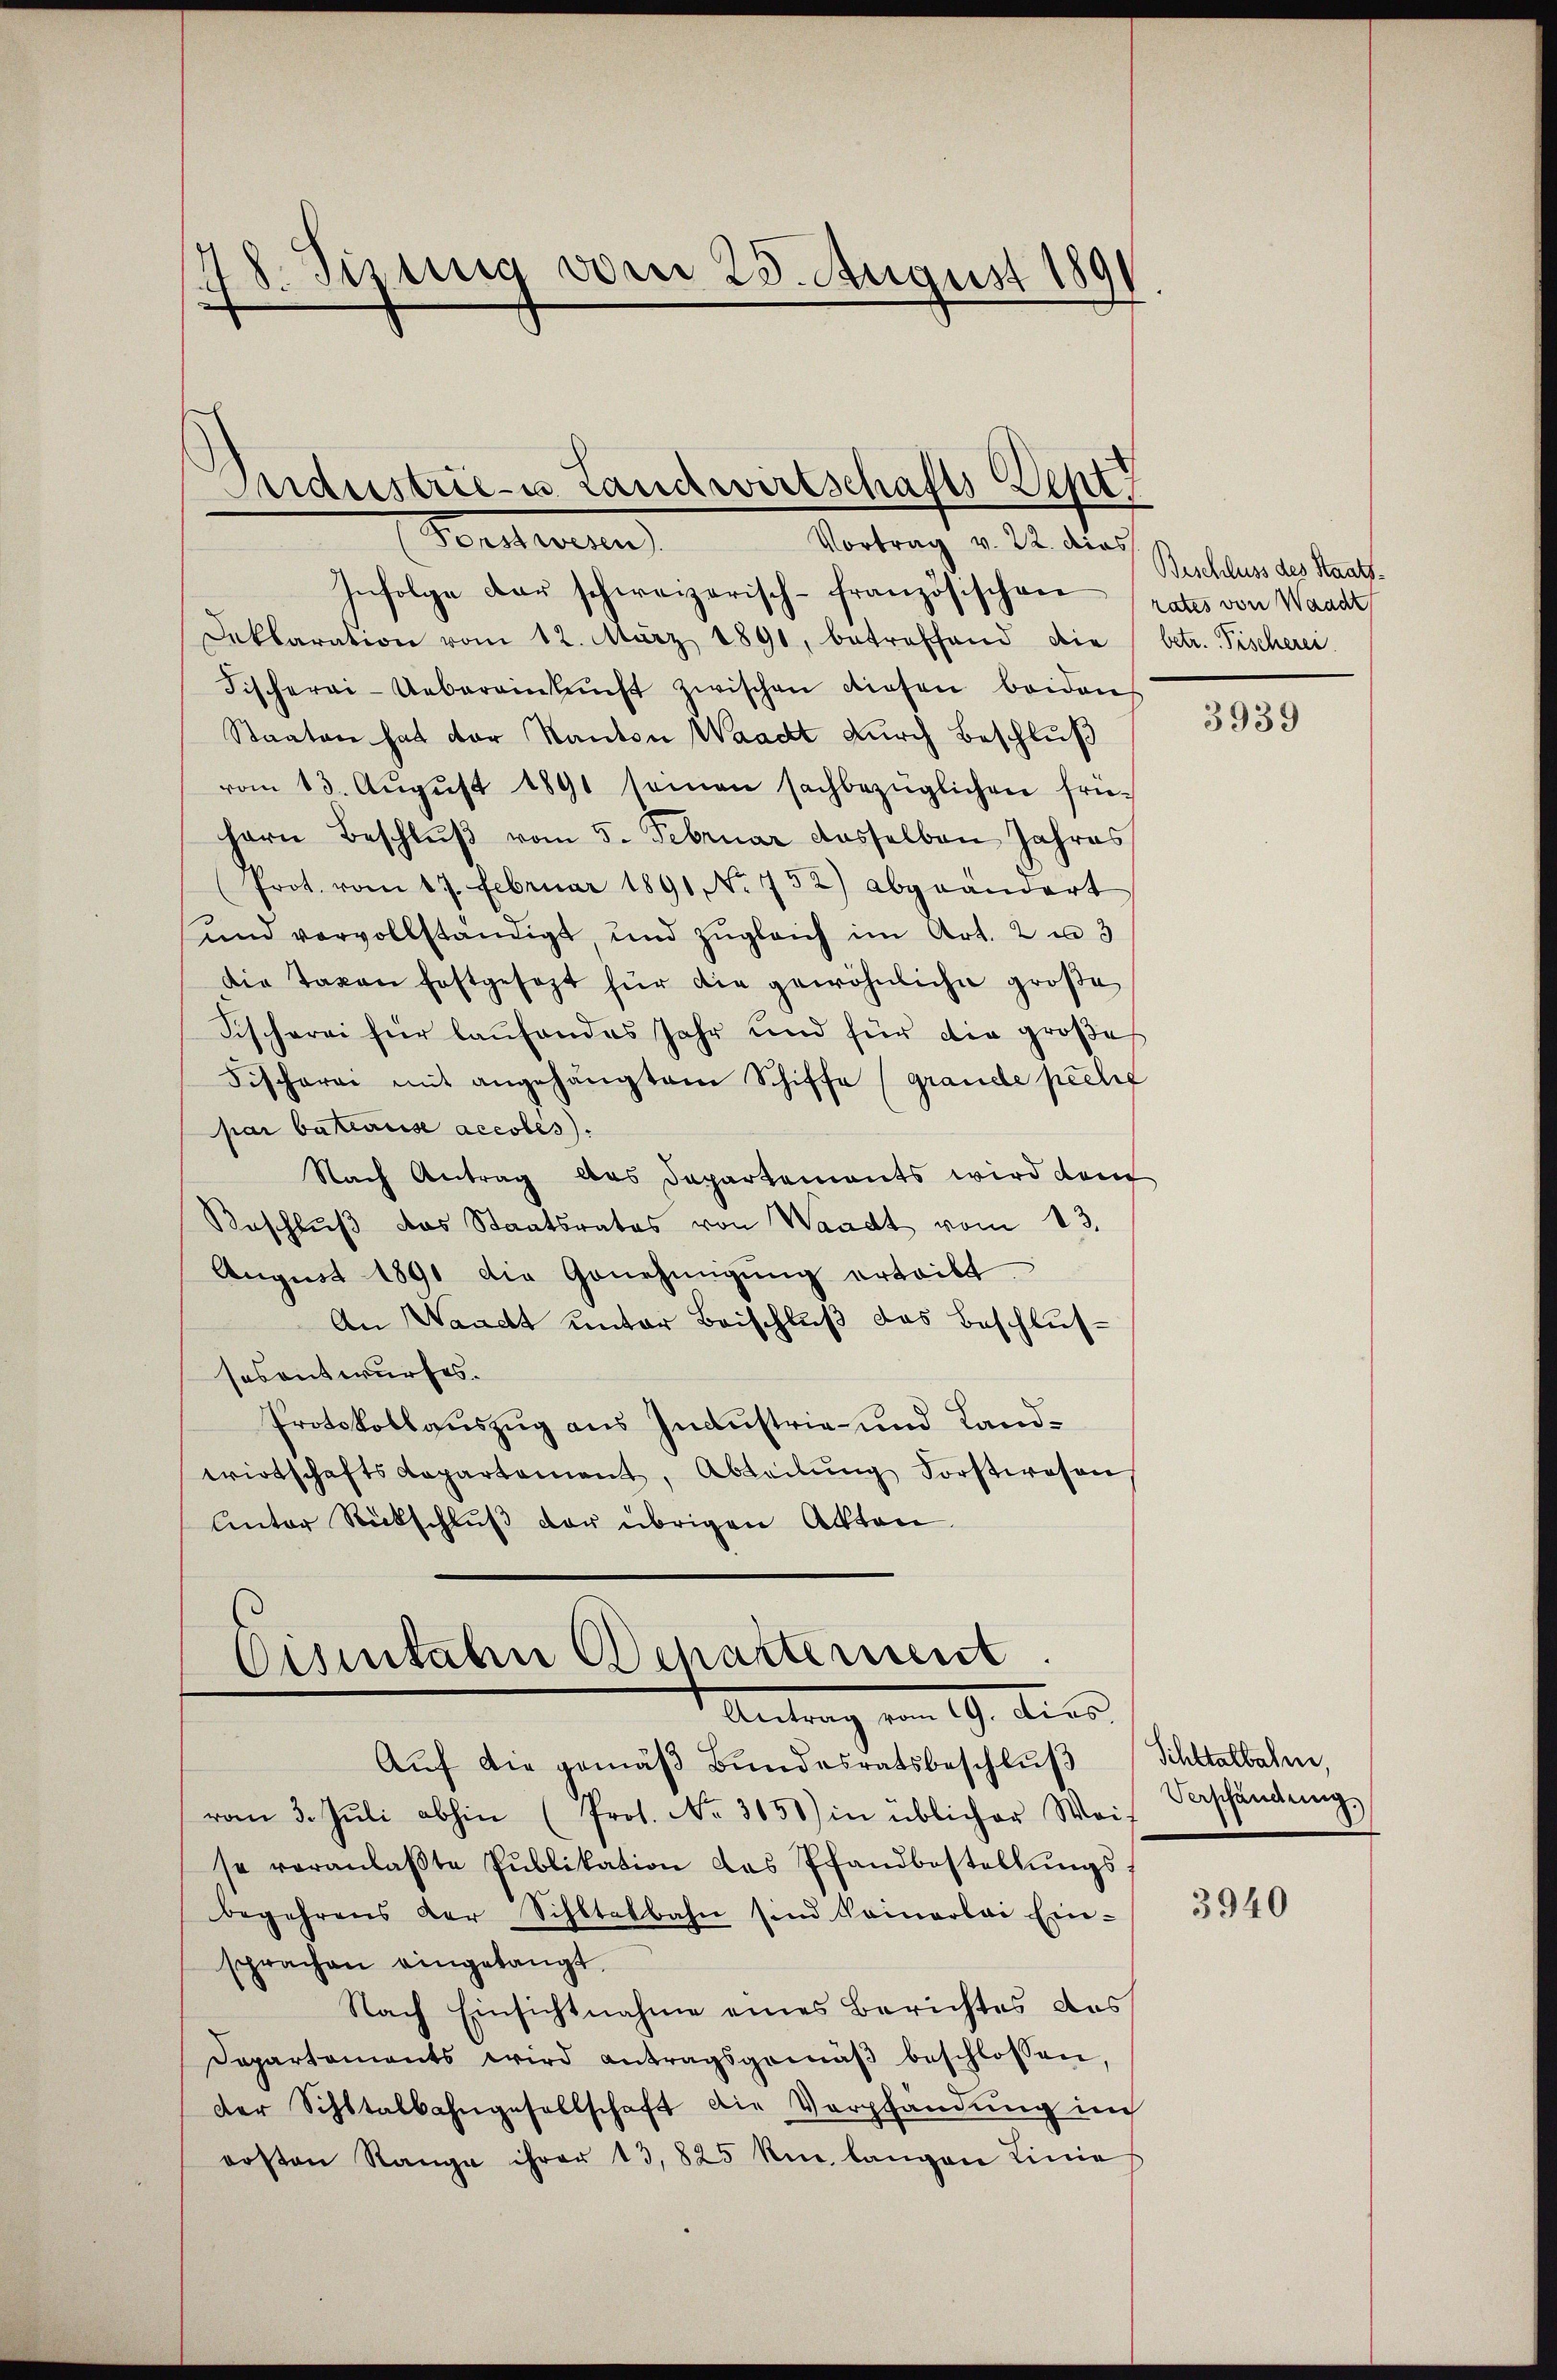
48. Sisung vom 25. August 189
¬

Pardustrie- u. Landwirtschafts Dept
Bercherun
Vortrag v. 22. dies

Infolge der schweizerisch-französischen rates von Waadt
Deklaration vom 12. März 1891, betreffend die betr. Fischerei
Fischerei-Uebereinkunft zwischen diesen beiden
Staaten hat der Kanton Waadt durch Beschluß
vom 13. Aŭgŭst 1891 seinen sachbezüglichen frühern Beschlŭβ vom 5. Februar dasselben Jahres
Prot. vom 17. Februar 1891 No 752) abgeändert
und vervollständigt und zŭgleich im Art. 2 u 3
die Taxen festgesezt für die gewöhnliche große
Fischerei für laŭfendes Jahr und für die große
Fischerei mit angehängtem Schiffe (grande prelig
par batearise accoles).
Nach Antrag das Departements wird dem
Beschluß das Staatsrates von Waadt vom 13.
Aŭgŭst 1891 die Genehmigŭng erteilt.
An Waadt unter Beischluß das Beschlussosantwurfes.
Protokollauszug aus Industrie- und Landwirtschaftsdepartement, Abteilŭng Forstwesen
Unter Rückschlŭβ der übrigen Akten.

Cisitalen Departement.
Antrag vom 19. dies

Aŭf die gemäβ Bŭndesratsbeschlŭβ Schltalbahn,
vom 3. Jŭli abhin (Prot. No. 3658) in üblicher Waif
se veranlaβte Pŭblikation das Pfandbestellŭngs-
begehrens der Schltatbahn sind Pomerbai Ein-
sprachen eingelangt.
Nach Einsichtnahme eines Berichtes das
Departaments wird antragsgemäβ beschlossen,
der Schltalbahngesellschaft die Verpfändung im
ersten Range ihrer 13, 825 km langen Linie

Beschluss des Staats¬

3939

Verschändung.

3940